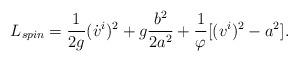
LaTeX: \begin{align*}L_{spin} = \frac{1}{2g}(\dot v^i)^2 +g \frac{b^2}{2a^2} + \frac{1}{\varphi}[(v^i)^2-a^2].\end{align*}